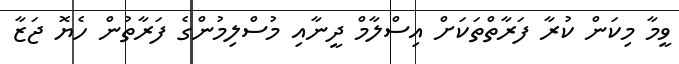
ވީމާ މިކަން ކުރާ ފަރާތްތަކަށް އިސްލާމް ދީނާއި މުސްލިމުންގެ ފަރާތުން ހެޔޮ ޖަޒާ